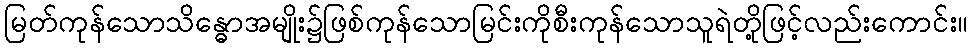
မြတ်ကုန်သောသိန္ဓောအမျိုး၌ဖြစ်ကုန်သောမြင်းကိုစီးကုန်သောသူရဲတို့ဖြင့်လည်းကောင်း။